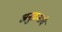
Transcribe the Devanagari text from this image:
अनुक्रमाचे